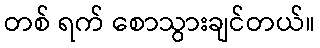
တစ် ရက် စောသွားချင်တယ်။